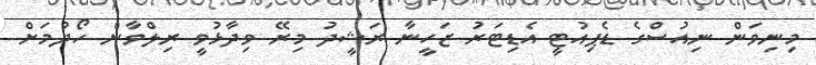
މިނިވަން ނިއުސްގެ ޑެޕިއުޓީ އެޑިޓަރު ޒަހީނާ ރަޝީދު މިރޭ ވިދާޅުވީ ރިލްވާން ހޯދުމަށް